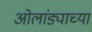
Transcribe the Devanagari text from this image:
ओलांड्याच्या